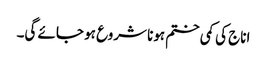
اناج کی کمی ختم ہونا شروع ہو جائے گی۔